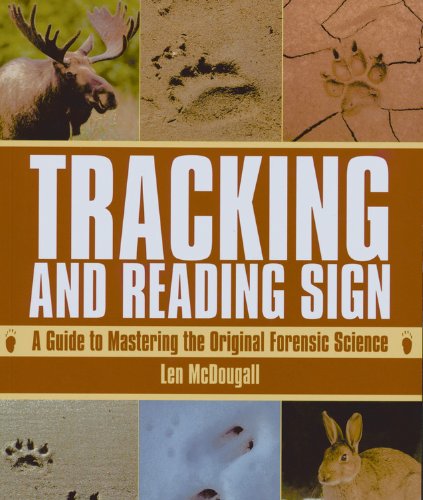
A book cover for Tracking and Reading Sign: A Guide to Mastering the Original Forensic Science; Len Mcdougall; Sports & Outdoors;